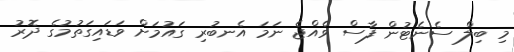
މި ބިލް ސެނެޓުން ފާސް ވެއްޖެ ނަމަ އެނބުރި ގައުމަށް ވަޑައިގަތުމުގެ ދޮރު